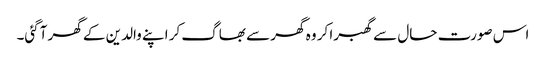
اس صورت حال سے گھبرا کر وہ گھر سے بھاگ کر اپنے والدین کے گھر آگئی۔